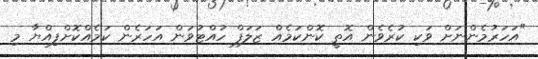
"އަހަރުމެންނަށް ވަކި ކުރެވެން އޮތީ ކޮންކަމެއް ޒަލަފް ހުއްޓުވަން އަހަރެން ކަމެއްކޮށްފިއްޔާ މި